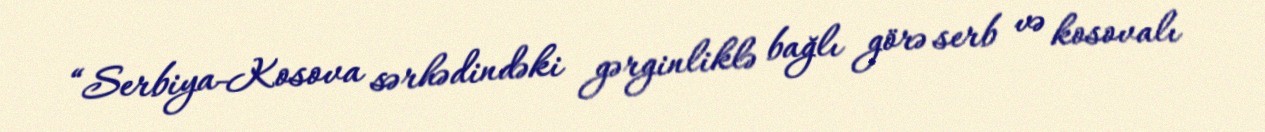
“Serbiya-Kosova sərhədindəki gərginliklə bağlı görə serb və kosovalı